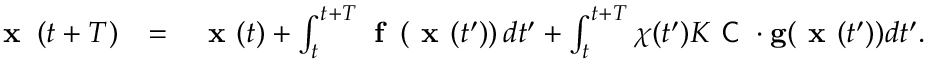
\begin{array} { r l r } { \textbf { x } \left( t + T \right) } & { = } & { \textbf { x } ( t ) + \int _ { t } ^ { t + T } \textbf { f } \left( \textbf { x } ( t ^ { \prime } ) \right) d t ^ { \prime } + \int _ { t } ^ { t + T } { \chi } ( t ^ { \prime } ) K \textsf { C } \cdot \mathbf { g } ( \textbf { x } ( t ^ { \prime } ) ) d t ^ { \prime } . } \end{array}